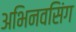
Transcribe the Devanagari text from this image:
अभिनवसिंग